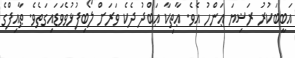
އަބީބަކުރު ރަޟިޔަ ޢަންހު އެވެ. ޢާތިކާ ޢަބްދު ދެކެ ވަރަށް ލޯބިފުޅުވެވަޑައިގަތެވެ. ޠާއިފްގެ